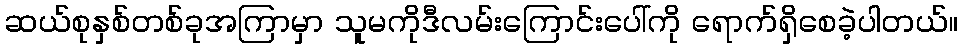
ဆယ်စုနှစ်တစ်ခုအကြာမှာ သူမကိုဒီလမ်းကြောင်းပေါ်ကို ရောက်ရှိစေခဲ့ပါတယ်။